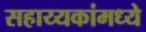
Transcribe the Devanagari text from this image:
सहाय्यकांमध्ये